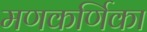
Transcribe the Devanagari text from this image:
मणकर्णिका